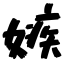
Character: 嫉